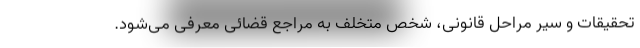
تحقیقات و سیر مراحل قانونی، شخص متخلف به مراجع قضائی معرفی می‌شود.